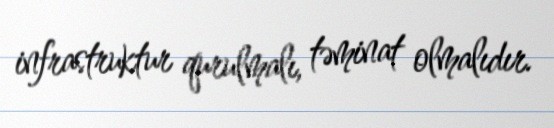
infrastruktur qurulmalı, təminat olmalıdır.